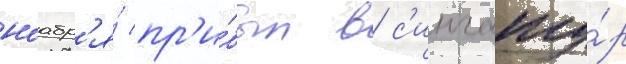
ноабр'я́ пр'и́был в с'ингапу́р